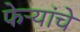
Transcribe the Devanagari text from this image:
फेऱ्यांचे